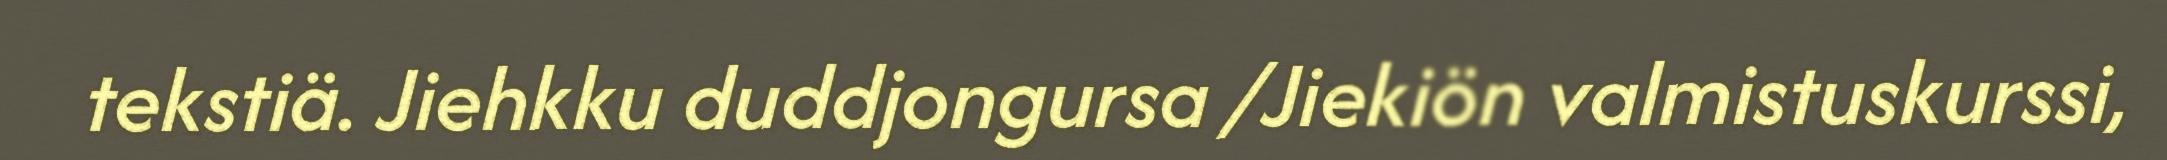
tekstiä. Jiehkku duddjongursa /Jiekiön valmistuskurssi,